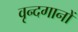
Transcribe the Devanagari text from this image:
वृन्दगानों